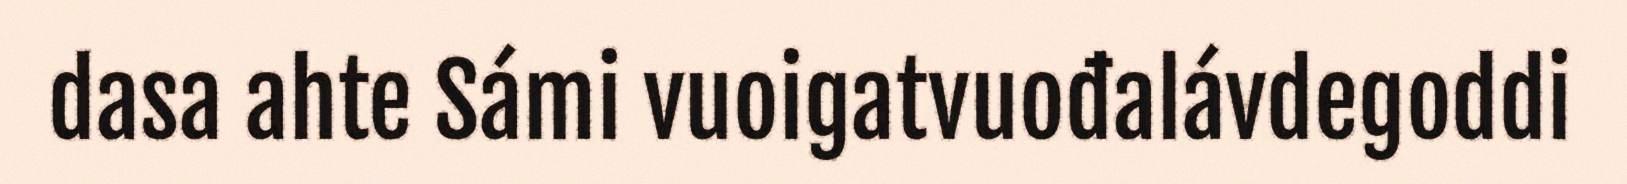
dasa ahte Sámi vuoigatvuođalávdegoddi